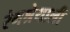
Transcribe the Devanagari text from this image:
रंगश्रेयाली